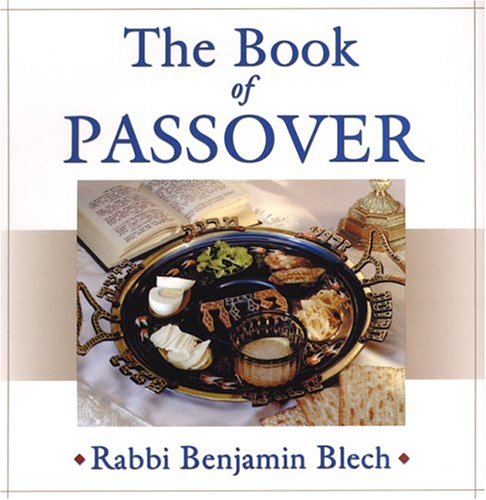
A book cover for The Book of Passover; Rabbi Benjamin Blech; Cookbooks, Food & Wine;